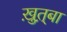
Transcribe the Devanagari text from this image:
ख़ुत़्बा